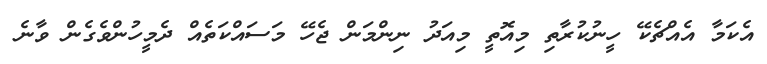
އެކަމާ އެއްޗެކޭ ހީނުކުރާތި މިއޮތީ މިއަދު ނިންމަން ޖެހޭ މަސައްކަތެއް ދެމީހުންވެގެން ވާނެ